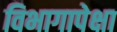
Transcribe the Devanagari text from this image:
विभागापेक्षा